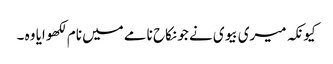
کیونکہ میری بیوی نے جو نکاح نامے میں نام لکھوایا وہ ۔